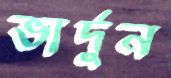
ভার্দুন